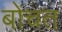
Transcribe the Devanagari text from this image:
बोचत